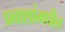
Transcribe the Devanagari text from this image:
प्रवाशांमधील